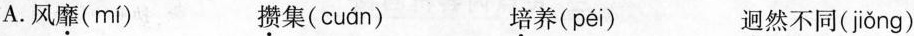
A. 风靡( mí ) 攒集( cuán ) 培养( péi ) 迥然不同( jiǒng )